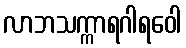
လာဘသက္ကာရဂါရဝေါ